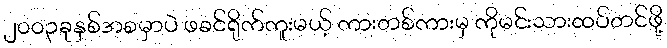
၂၀၀၃ခုနှစ်အစမှာပဲ ဖခင်ရိုက်ကူးမယ့် ကားတစ်ကားမှ ကိုမင်းသားထပ်တင်ဖို့